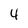
Character: 4